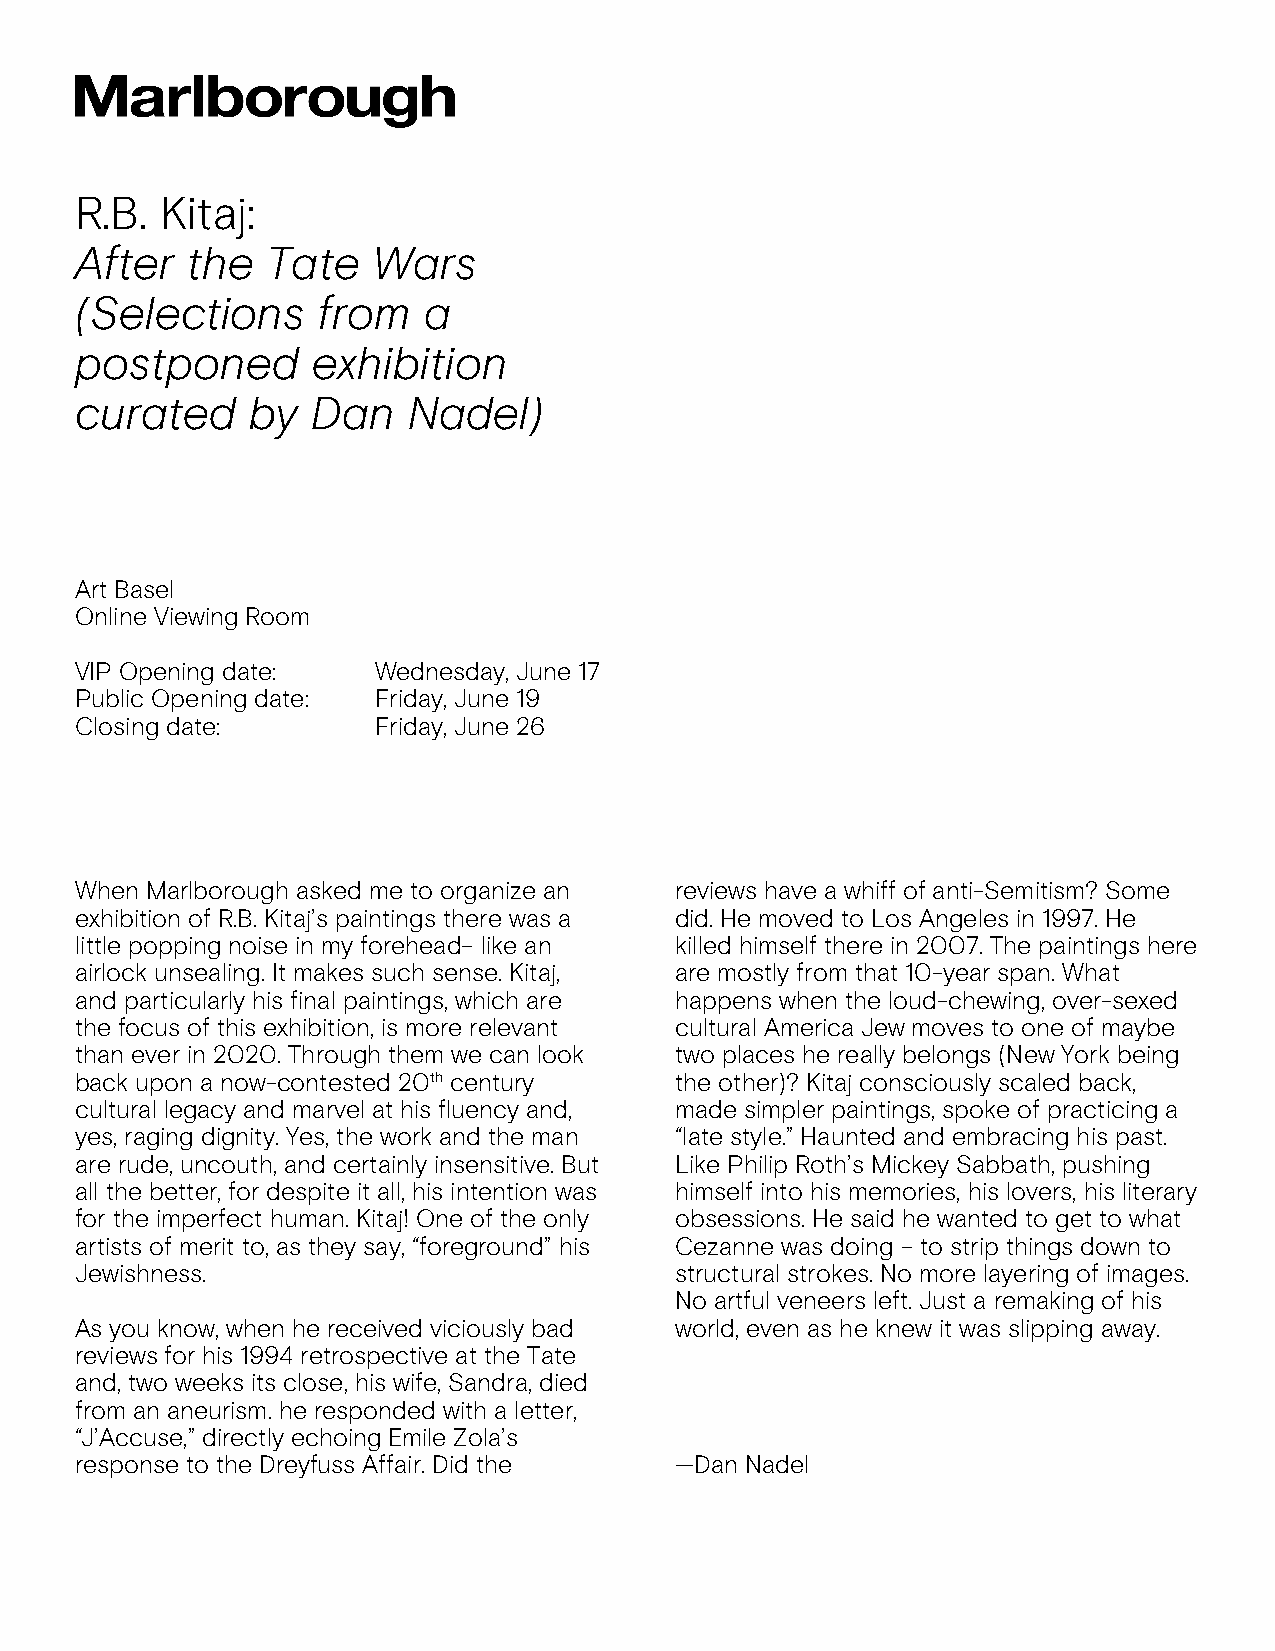
R.B.  Kitaj:
 After  the   Tate   Wars
 (Selections     from   a
 postponed       exhibition
 curated     by  Dan   Nadel)
 Art Basel
 Online Viewing Room
 VIP Opening date:   Wednesday, June 17
 Public Opening date: Friday, June 19
 Closing date:       Friday, June 26
 When Marlborough asked me to organize an reviews have a whiff of anti-Semitism? Some
 exhibition of R.B. Kitaj’s paintings there was a did. He moved to Los Angeles in 1997. He
 little popping noise in my forehead– like an killed himself there in 2007. The paintings here
 airlock unsealing. It makes such sense. Kitaj, are mostly from that 10-year span. What
 and particularly his final paintings, which are happens when the loud-chewing, over-sexed
 the focus of this exhibition, is more relevant cultural America Jew moves to one of maybe
 than ever in 2020. Through them we can look two places he really belongs (New York being
 back upon a now-contested 20th century  the other)? Kitaj consciously scaled back,
 cultural legacy and marvel at his fluency and, made simpler paintings, spoke of practicing a
 yes, raging dignity. Yes, the work and the man “late style.” Haunted and embracing his past.
 are rude, uncouth, and certainly insensitive. But Like Philip Roth’s Mickey Sabbath, pushing
 all the better, for despite it all, his intention was himself into his memories, his lovers, his literary
 for the imperfect human. Kitaj! One of the only obsessions. He said he wanted to get to what
 artists of merit to, as they say, “foreground” his Cezanne was doing – to strip things down to
 Jewishness.                             structural strokes. No more layering of images.
 No artful veneers left. Just a remaking of his
 As you know, when he received viciously bad world, even as he knew it was slipping away.
 reviews for his 1994 retrospective at the Tate
 and, two weeks its close, his wife, Sandra, died
 from an aneurism. he responded with a letter,
 “J’Accuse,” directly echoing Emile Zola’s
 response to the Dreyfuss Affair. Did the —Dan Nadel